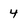
Character: 4